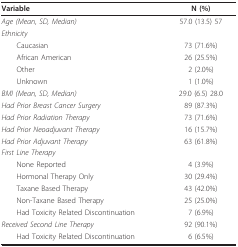
<table><thead><tr><td><b>Variable</b></td><td><b>N (%)</b></td></tr></thead><tbody><tr><td><i>Age (Mean, SD, Median)</i></td><td>57.0 (13.5) 57</td></tr><tr><td><i>Ethnicity</i></td><td></td></tr><tr><td> Caucasian</td><td>73 (71.6%)</td></tr><tr><td> African American</td><td>26 (25.5%)</td></tr><tr><td> Other</td><td>2 (2.0%)</td></tr><tr><td> Unknown</td><td>1 (1.0%)</td></tr><tr><td><i>BMI (Mean, SD, Median)</i></td><td>29.0 (6.5) 28.0</td></tr><tr><td><i>Had Prior Breast Cancer Surgery</i></td><td>89 (87.3%)</td></tr><tr><td><i>Had Prior Radiation Therapy</i></td><td>73 (71.6%)</td></tr><tr><td><i>Had Prior Neoadjuvant Therapy</i></td><td>16 (15.7%)</td></tr><tr><td><i>Had Prior Adjuvant Therapy</i></td><td>63 (61.8%)</td></tr><tr><td><i>First Line Therapy</i></td><td></td></tr><tr><td> None Reported</td><td>4 (3.9%)</td></tr><tr><td> Hormonal Therapy Only</td><td>30 (29.4%)</td></tr><tr><td> Taxane Based Therapy</td><td>43 (42.0%)</td></tr><tr><td> Non-Taxane Based Therapy</td><td>25 (25.0%)</td></tr><tr><td> Had Toxicity Related Discontinuation</td><td>7 (6.9%)</td></tr><tr><td><i>Received Second Line Therapy</i></td><td>92 (90.1%)</td></tr><tr><td> Had Toxicity Related Discontinuation</td><td>6 (6.5%)</td></tr></tbody></table>